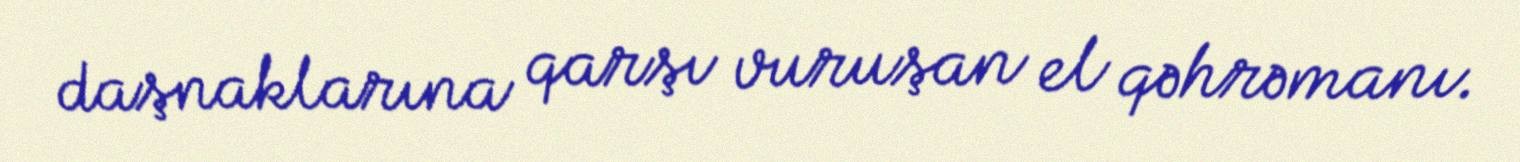
daşnaklarına qarşı vuruşan el qəhrəmanı.